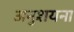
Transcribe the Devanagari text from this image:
अनुशयना